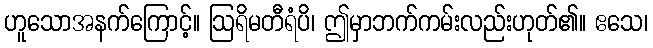
ဟူသောအနက်ကြောင့်။ ဩရိမတီရံပိ၊ ဤမှာဘက်ကမ်းလည်းဟုတ်၏။ ဧသေ၊